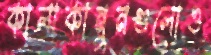
কালাকানুনগুলোও